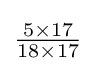
{\tfrac {5\times 17}{18\times 17}}